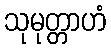
သုမုတ္တာဟံ